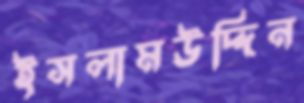
ইসলামউদ্দিন